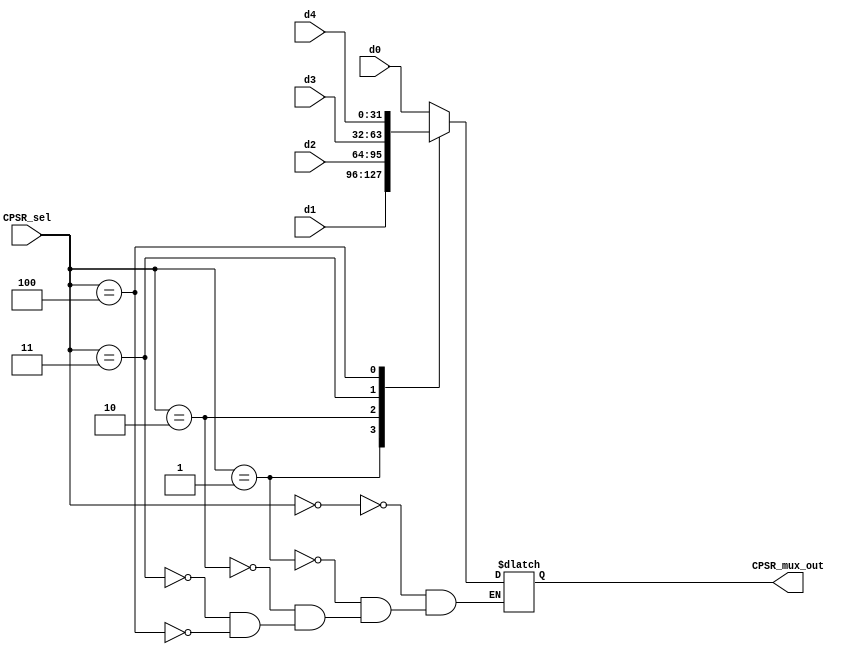
`timescale 1ns / 1ps
//////////////////////////////////////////////////////////////////////////////////
// Company: 
// Engineer: 
// 
// Design Name: 
// Module Name:    CPSR_mux 
// Project Name: 
// Target Devices: 
// Tool versions: 
// Description: 
//
// Dependencies: 
//
// Revision: 
// Revision 0.01 - File Created
// Additional Comments: 
//
//////////////////////////////////////////////////////////////////////////////////
module CPSR_mux(d4, d3, d2, d1, d0, CPSR_sel,CPSR_mux_out);
	input [31:0] d4, d3,d2,d1,d0;
	input [2:0] CPSR_sel;
	output[31:0] CPSR_mux_out;
	reg [31:0]CPSR_mux_out;
	
   always@(d4,d3,d2,d1,d0, CPSR_sel,CPSR_mux_out)
    case(CPSR_sel)
      3'b000: CPSR_mux_out=d0;
		3'b001: CPSR_mux_out=d1;
		3'b010: CPSR_mux_out=d2;
		3'b011: CPSR_mux_out=d3;
		3'b100: CPSR_mux_out=d4;
		default: CPSR_mux_out = CPSR_mux_out;
  
    endcase


endmodule